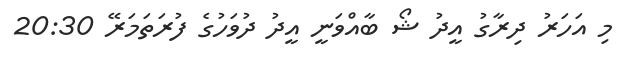
މި އަހަރު ދިރާގު އީދު ޝޯ ބާއްވަނީ އީދު ދުވަހުގެ ފުރަތަމަރޭ 20:30